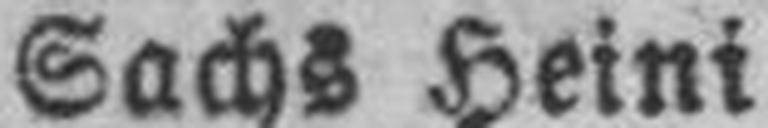
Sachs Heini